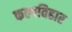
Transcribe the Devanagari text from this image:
कल्पविहार